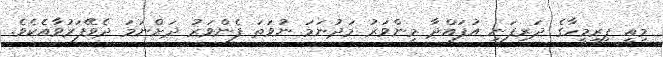
މިއީ ފިރިމީހާގެ ދަރިފަނި އުފައްދާ މިންވަރު މަދުނަމަ ނުވަތަ ފެންވަރު ދަށްނަމަ ދެވޭފަރުވާއެކެވެ.